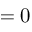
= 0